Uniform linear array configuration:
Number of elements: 4
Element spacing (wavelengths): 0.75
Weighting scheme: exponential
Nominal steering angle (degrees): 15
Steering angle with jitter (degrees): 16.25
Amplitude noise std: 0.05
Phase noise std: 0.05

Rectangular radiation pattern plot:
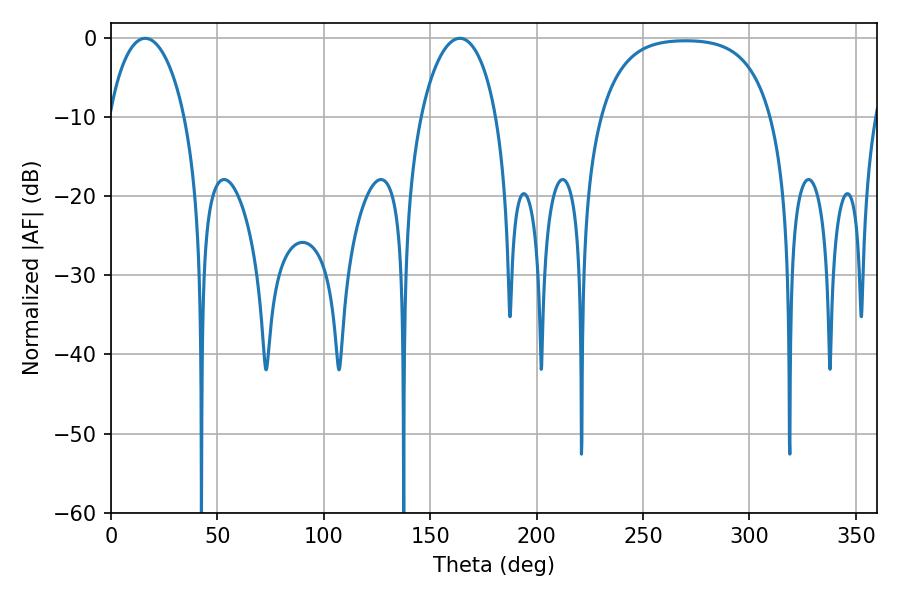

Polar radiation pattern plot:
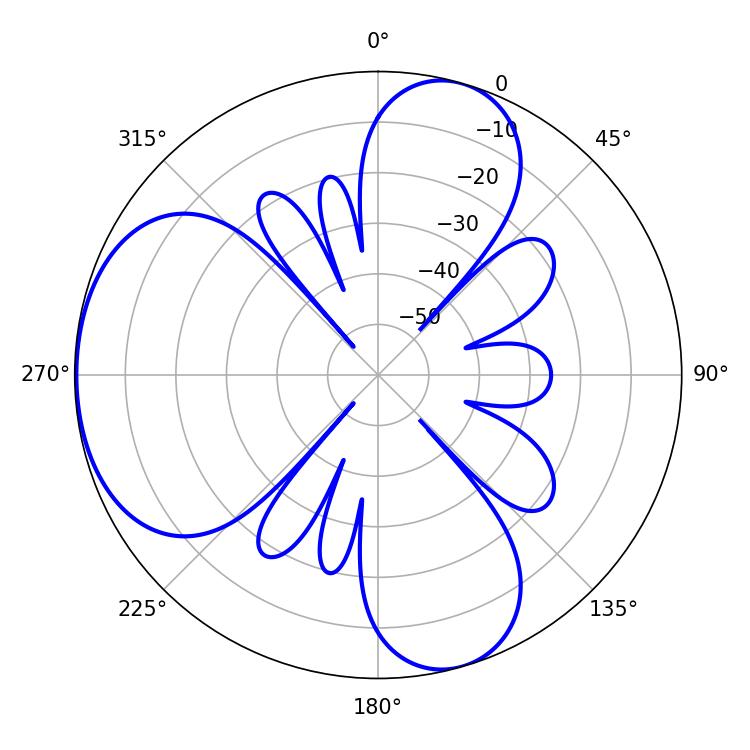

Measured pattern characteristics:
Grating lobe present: TRUE
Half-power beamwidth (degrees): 20.34
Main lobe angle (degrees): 16.02